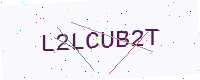
Text: L2LCUB2T